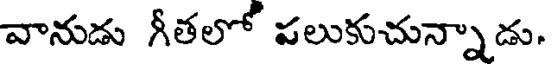
వానుడు గీతలో పలుకుచున్నాడు.